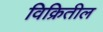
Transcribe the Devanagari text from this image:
विक्रितील